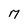
Character: M